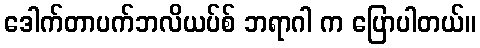
ဒေါက်တာပက်ဘလိယပ်စ် ဘရာဂါ က ပြောပါတယ်။